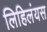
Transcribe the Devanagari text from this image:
लिहिलंयस